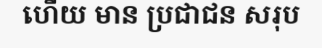
ហើយ មាន ប្រជាជន សរុប